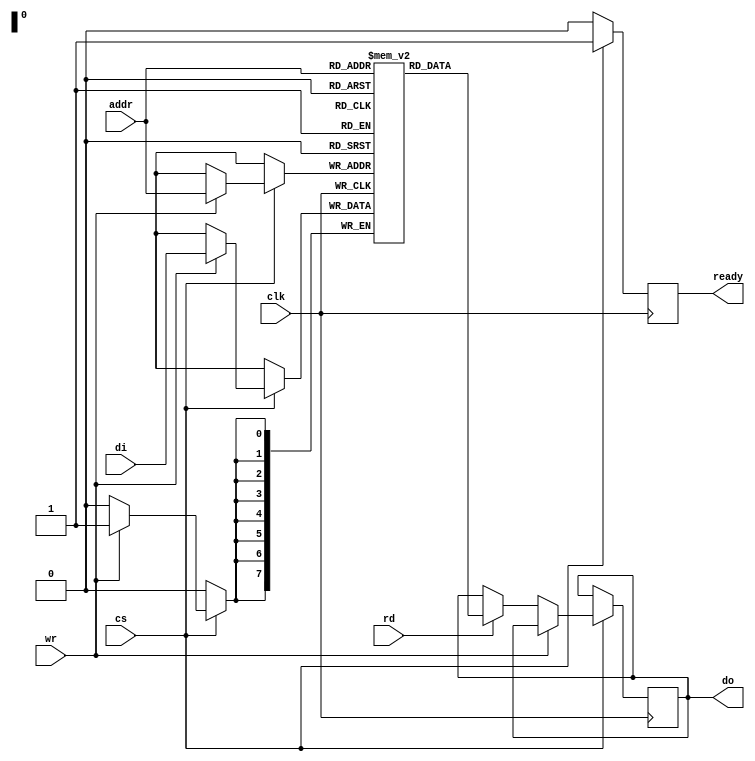
module NVSRAM #(
    parameter ADDR_WIDTH = 8,    // Address width
    parameter DATA_WIDTH = 8,     // Data width
    parameter MEMORY_SIZE = 256    // Total memory size
)(
    input wire clk,                // Clock signal
    input wire cs,                 // Chip Select
    input wire rd,                 // Read signal
    input wire wr,                 // Write signal
    input wire [ADDR_WIDTH-1:0] addr, // Address input
    input wire [DATA_WIDTH-1:0] di, // Data input
    output reg [DATA_WIDTH-1:0] do,   // Data output
    output reg ready               // Ready signal for operations
);

    // Memory array
    reg [DATA_WIDTH-1:0] memory [0:MEMORY_SIZE-1];

    // Control Logic
    always @(posedge clk) begin
        if (!cs) begin
            ready <= 0; // Not ready if chip is not selected
        end else begin
            ready <= 1; // Ready when chip is selected

            if (wr) begin
                // Write operation
                memory[addr] <= di; // Store data in memory
            end else if (rd) begin
                // Read operation
                do <= memory[addr]; // Output data from memory
            end
        end
    end

    // Non-volatile storage simulation
    always @(negedge clk) begin
        if (!cs) begin
            // Simulate non-volatile behavior on power loss
            // Here you would typically invoke non-volatile write procedures
            // For the sake of this simulation, we will not implement actual NV logic
        end
    end

    // Timing Constraints (setup and hold times could be specified per technology)
    // This section would typically include assertions or constraints in a real design

endmodule